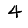
Digit: 4